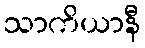
သာကိယာနီ